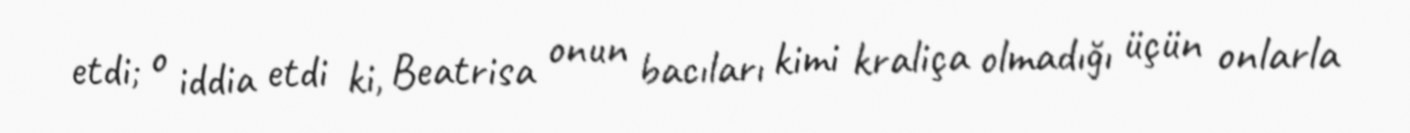
etdi; o iddia etdi ki, Beatrisa onun bacıları kimi kraliça olmadığı üçün onlarla